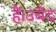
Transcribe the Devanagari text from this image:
हैं।उबैद